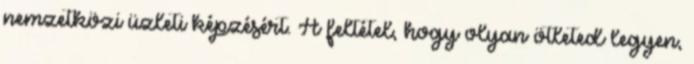
nemzetközi üzleti képzésért. A feltétel, hogy olyan ötleted legyen,